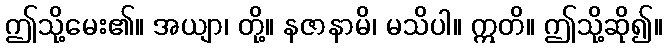
ဤသို့မေး၏။ အယျာ၊ တို့။ နဇာနာမိ၊ မသိပါ။ ဣတိ။ ဤသို့ဆို၍။